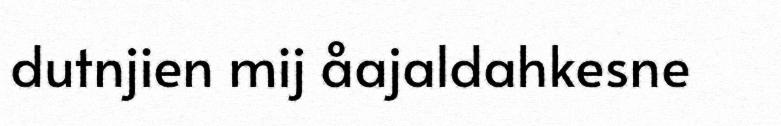
dutnjien mij åajaldahkesne